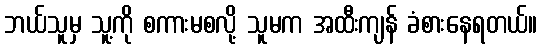
ဘယ်သူမှ သူ့ကို စကားမစလို့ သူမက အထီးကျန် ခံစားနေရတယ်။